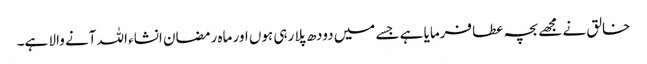
خالق نے مجھے بچہ عطا فرمایا ہے جسے میں دودھ پلا رہی ہوں اور ماہ رمضان انشاء اللہ آنے والا ہے۔